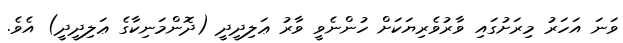
ވަނަ އަހަރު މިރަށުގައި ވާރުވެރިޔަކަށް ހުންނެވީ ވާރު ޢަލިދީދީ (ދޮންމަނިކާގެ ޢަލިދީދީ) އެވެ.